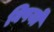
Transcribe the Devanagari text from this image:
विषयोंं